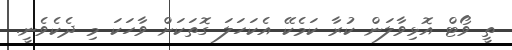
ތީ ވޯޓް އޮޅިވާލަން ކުރާ ކަމެކޭ އެކަހަލަ ގޮތަކަށް ވާހަކަ މި ދެކެވެނީ.